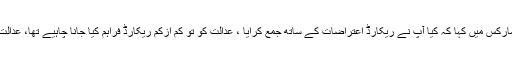
جسٹس اعجاز الاحسن نے اپنے ریمارکس میں کہا کہ کیا آپ نے ریکارڈ اعتراضات کے ساتھ جمع کرایا ، عدالت کو تو کم ازکم ریکارڈ فراہم کیا جانا چاہیے تھا، عدالت کو صرف آڈٹ رپورٹس دی گئیں۔